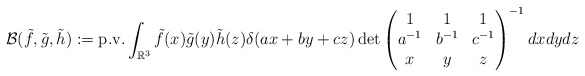
\begin{align*}\mathcal{B}(\tilde{f},\tilde{g},\tilde{h}) := \textup{p.v.} \int_{\mathbb{R}^3} \tilde{f}(x)\tilde{g}(y)\tilde{h}(z) \delta(ax+by+cz)\det\begin{pmatrix}1 & 1 & 1\\ a^{-1} & b^{-1} & c^{-1} \\x & y & z \end{pmatrix}^{-1} dxdydz\end{align*}